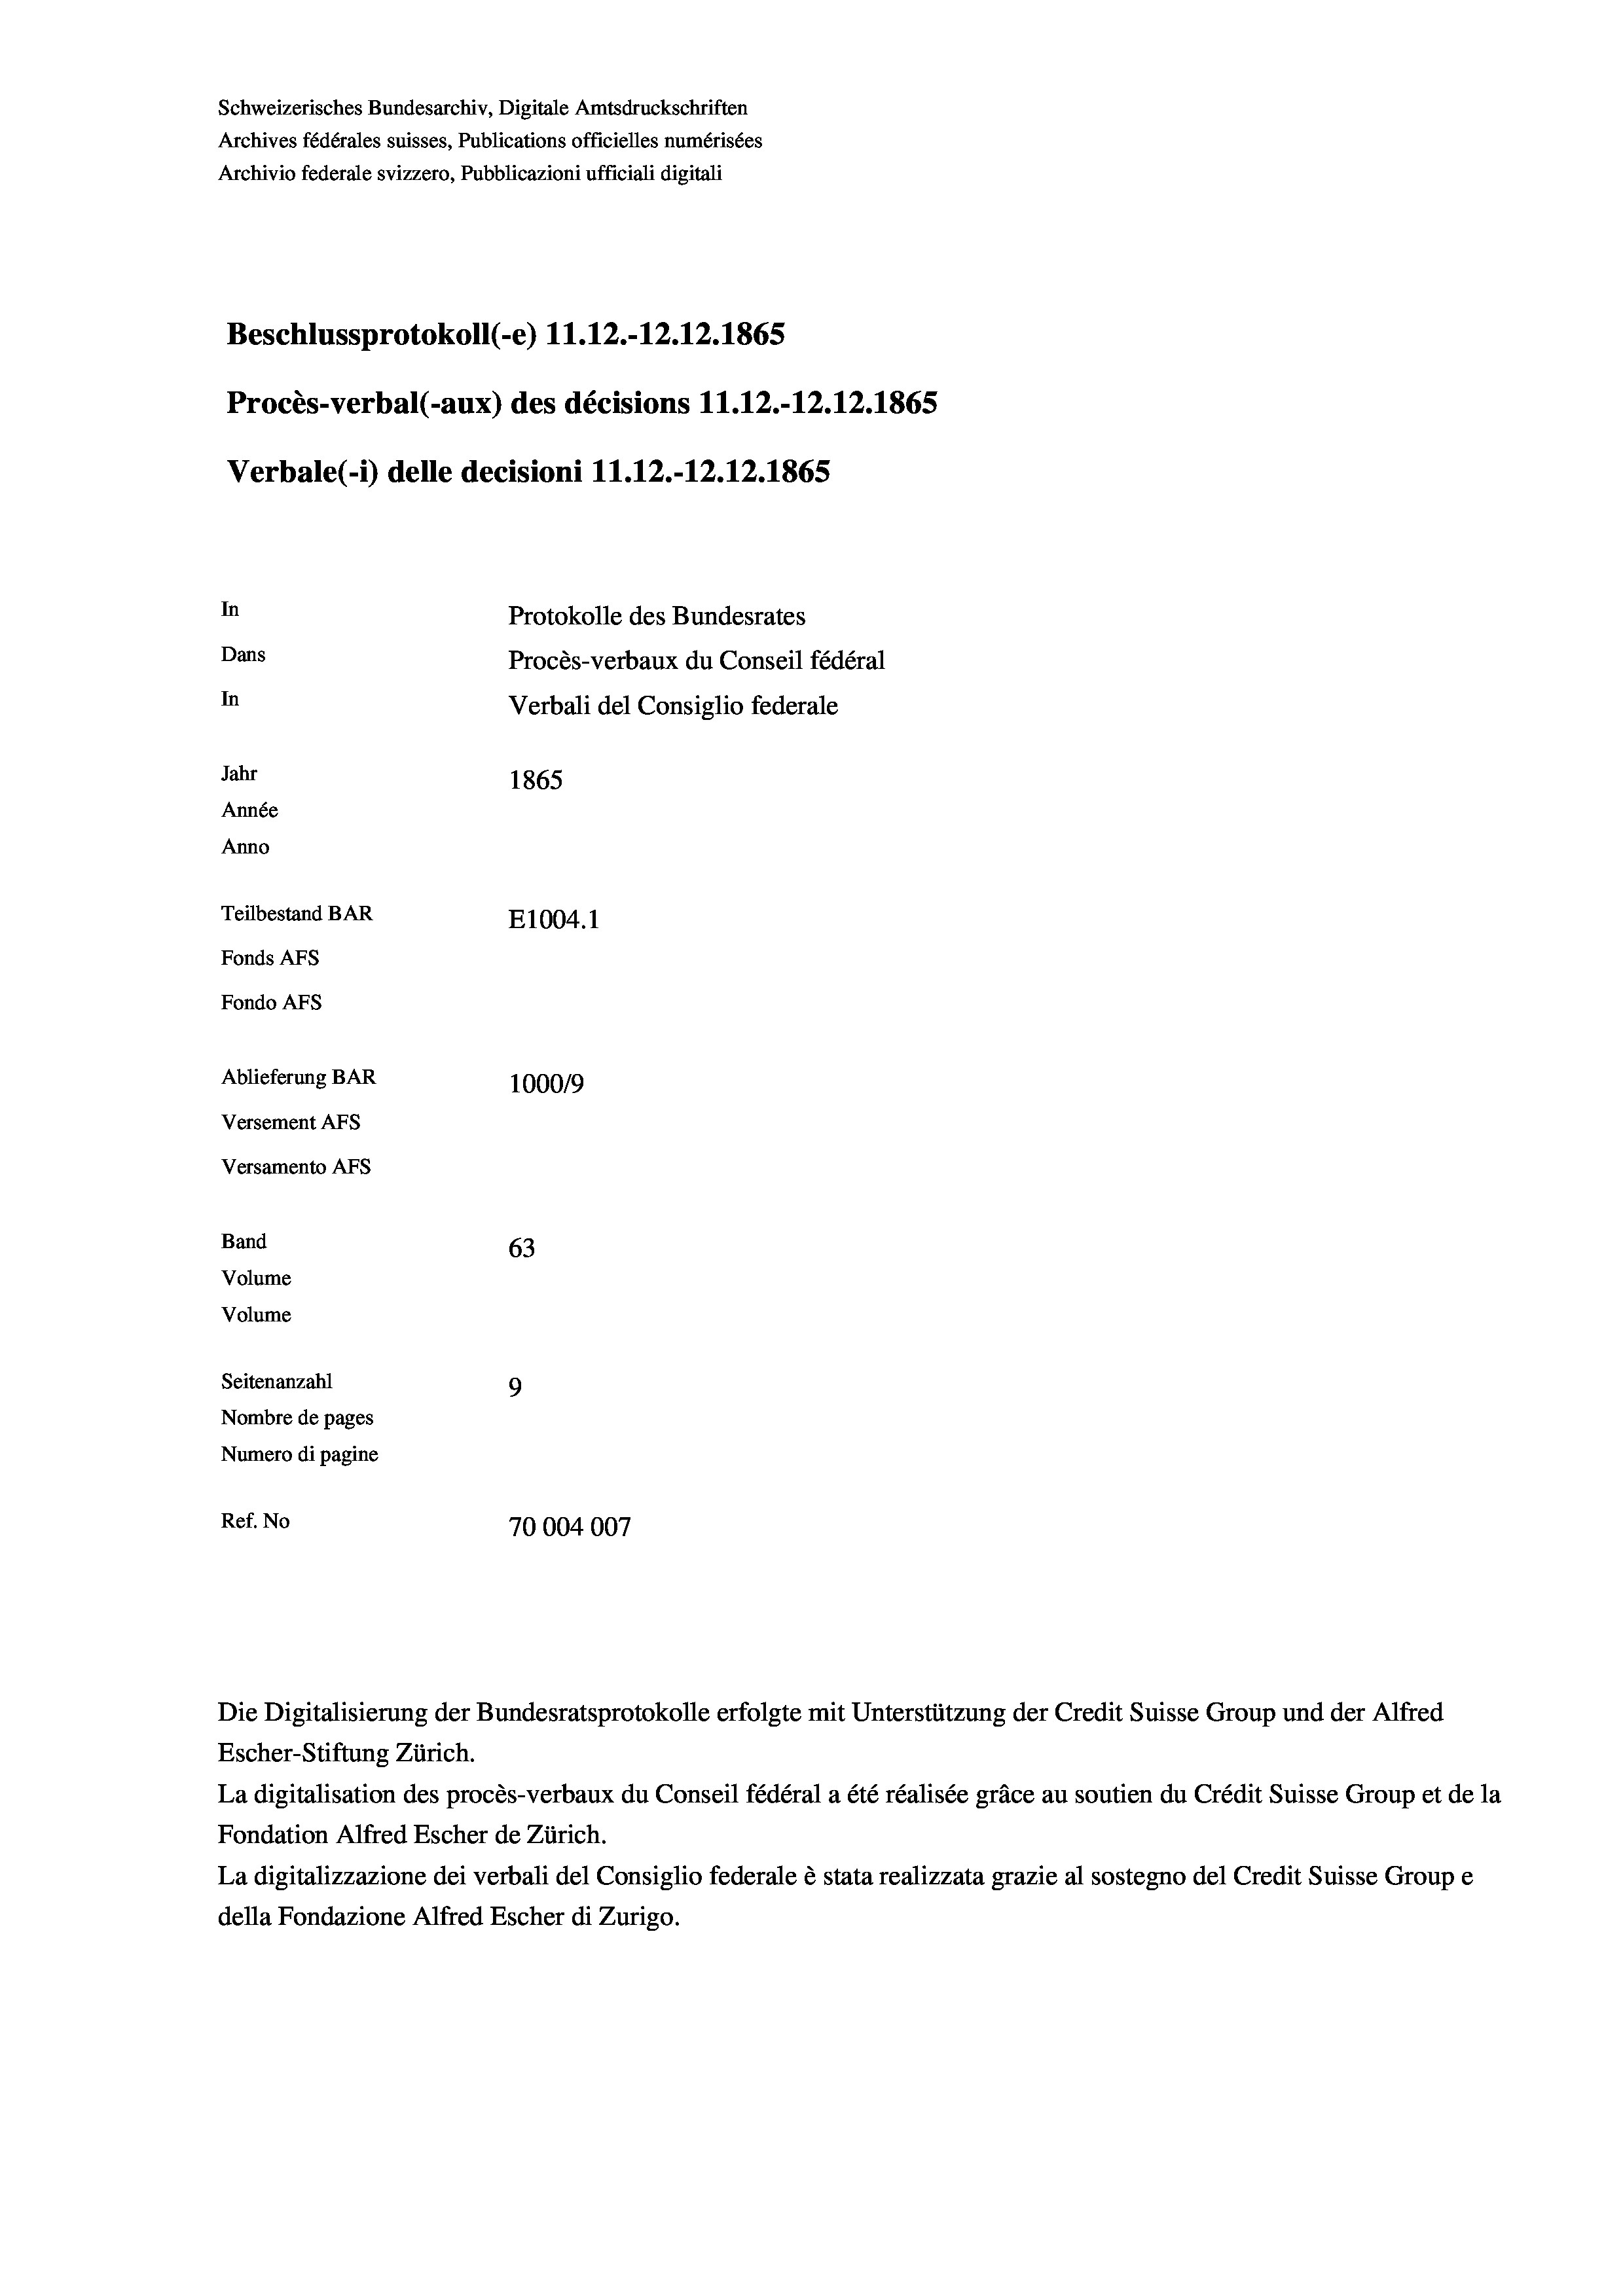
Schweizerisches Bundesarchiv, Digitale Amtsdruckschriften
Archives fédérales suisses, Publications officielles numérisées
Archivio federale svizzero, Pubblicazioni ufficiali digitali
Beschlussprotokoll (e) 11.12.-12.12.1865
Procès-verbal (-aux) des décisions 11.12.-12.12.1865
Verbale(-*) delle decisioni 11.12.-12.12.1865
In
Protokolle des Bundesrates
Dans
Procès-verbaux du Conseil fédéral
In
Verbali del Consiglio federale
Jahr
1865
Année
Anno
Teilbestand BAR
E1004. 1
Fonds Afs
Fondo AFs
Ablieferung BAR
100019
Versement AFS
Versamento Afs
Band
63
Volume
Volume

Seitenanzahl
9
Nombre de pages
Numero di pagine
Ref. No
70004007

Escher-Stiftung Zürich.
La digitalisation des procès-verbaux du Conseil fédéral a été réalisée gräce au soutien du Crédit Suisse Group et de la
Fondation Alfred Escher de Zürich.
La digitalizzazione dei verbali del Consiglio federale è stata realizzata grazie al sostegno del Credit Suisse Groupe
della Fondazione Alfred Escher di Zurigo.

Die Digitalisierung der Bundesratsprotokolle erfolgte mit Unterstützung der Credit Suisse Group und der Alfred